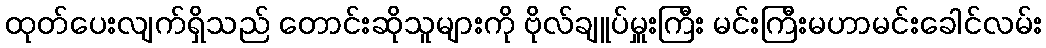
ထုတ်ပေးလျက်ရှိသည် တောင်းဆိုသူများကို ဗိုလ်ချူပ်မှူးကြီး မင်းကြီးမဟာမင်းခေါင်လမ်း